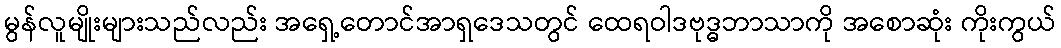
မွန်လူမျိုးများသည်လည်း အရှေ့တောင်အာရှဒေသတွင် ထေရဝါဒဗုဒ္ဓဘာသာကို အစောဆုံး ကိုးကွယ်